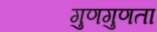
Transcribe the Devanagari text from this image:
गुणगुणता